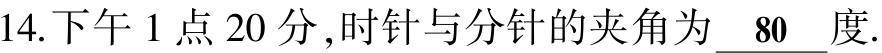
14.下午1点20分,时针与分针的夹角为  \underline{80} 度.